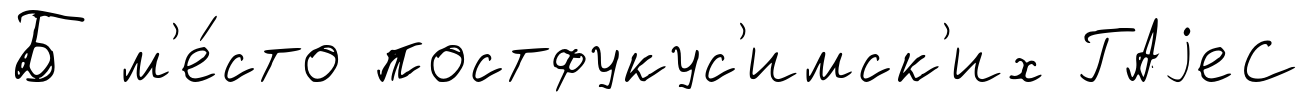
Б м'е́сто постфукус'имск'их ГАjеС